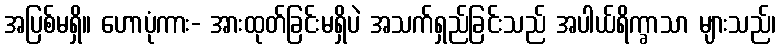
အပြစ်မရှိ။ ဟောပုံကား- အားထုတ်ခြင်းမရှိပဲ အသက်ရှည်ခြင်းသည် အပါယ်ရိက္ခာသာ များသည်၊